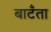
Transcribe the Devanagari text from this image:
बाटँता